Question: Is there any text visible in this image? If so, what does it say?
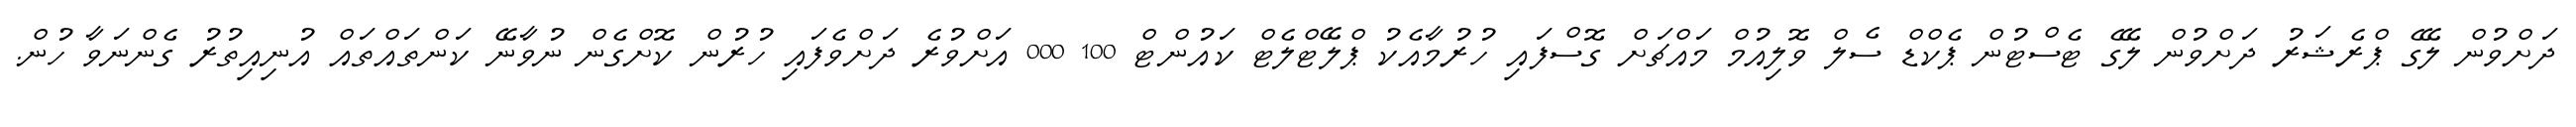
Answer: ދަށްވުން ލޭގެ ޕްރެޝަރު ދަށްވުން ލޭގެ ޓެސްޓުން ޕެކްޑް ސެލް ވޮލިއުމް މައްޗަށް ގޮސްފައި ހުރުމާއެކު ޕްލޭޓްލެޓް ކައުންޓް 100 000 އަށްވުރެ ދަށްވެފައި ހުރުން ކޮށްގެން ނުވާނޭ ކަންތައްތައް އުނިއިތުރު ގެންނަވާ ހުން.